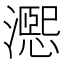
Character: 𪷨